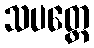
သပတ္တေ